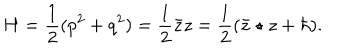
LaTeX: H = \frac { 1 } { 2 } ( p ^ { 2 } + q ^ { 2 } ) = \frac { 1 } { 2 } { \bar { z } } z = \frac { 1 } { 2 } ( { \bar { z } } \star z + \hbar ) .